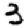
Digit: 3